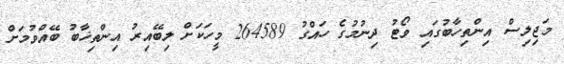
މަޖިލިސް އިންތިހާބުގައި ވޯޓު ދިނުމުގެ ހައްގު 264589 މީހަކަށް ލިބޭއިރު އިންތިޚާބު ބޭއްވުމަށް